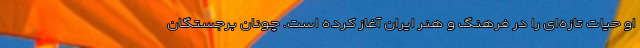
او حیات تازه‌ای را در فرهنگ و هنر ایران آغاز کرده است. چونان برجستگان